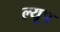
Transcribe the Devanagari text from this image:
ल्यूप